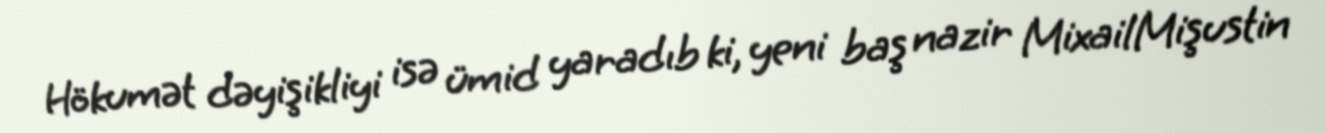
Hökumət dəyişikliyi isə ümid yaradıb ki, yeni baş nazir MixailMişustin